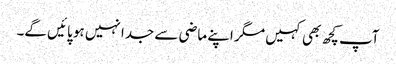
آپ کچھ بھی کہیں مگر اپنے ماضی سے جدا نہیں ہو پائیں گے۔